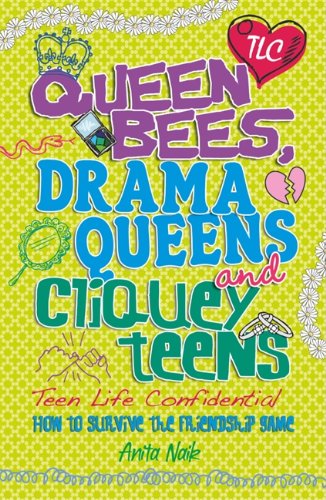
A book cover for Queen Bees, Drama Queens & Cliquey Teens (Teen Life Confidential); Anita Naik; Teen & Young Adult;